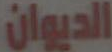
الديوان